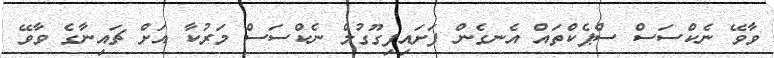
ވާވޭ ނެކްސަސް ސްޕެކްތައް އެނގެން ފަށައިފިގޫގުލް ނެކްސަސް މަރުކާ އަށް ޗައިނާގެ ވާވޭ